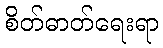
စိတ်ဓာတ်ရေးရာ